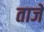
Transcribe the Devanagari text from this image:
ताजें